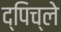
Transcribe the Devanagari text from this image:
द्पिच्ले